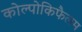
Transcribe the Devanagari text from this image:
कोल्पोकिफैलम